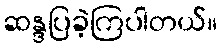
ဆန္ဒပြခဲ့ကြပါတယ်။